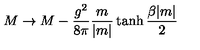
M \rightarrow M - { \frac { g ^ { 2 } } { 8 \pi } } { \frac { m } { | m | } } \tanh { \frac { \beta | m | } { 2 } }